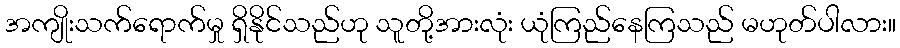
အကျိုးသက်ရောက်မှု ရှိနိုင်သည်ဟု သူတို့အားလုံး ယုံကြည်နေကြသည် မဟုတ်ပါလား။